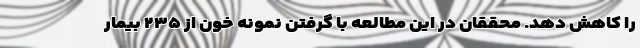
را کاهش دهد. محققان در این مطالعه با گرفتن نمونه خون از ۲۳۵ بیمار